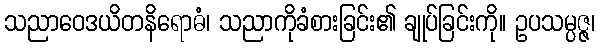
သညာဝေဒယိတနိရောဓံ၊ သညာကိုခံစားခြင်း၏ ချုပ်ခြင်းကို။ ဥပသမ္ပဇ္ဇ၊